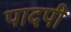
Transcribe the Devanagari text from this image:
पादपी